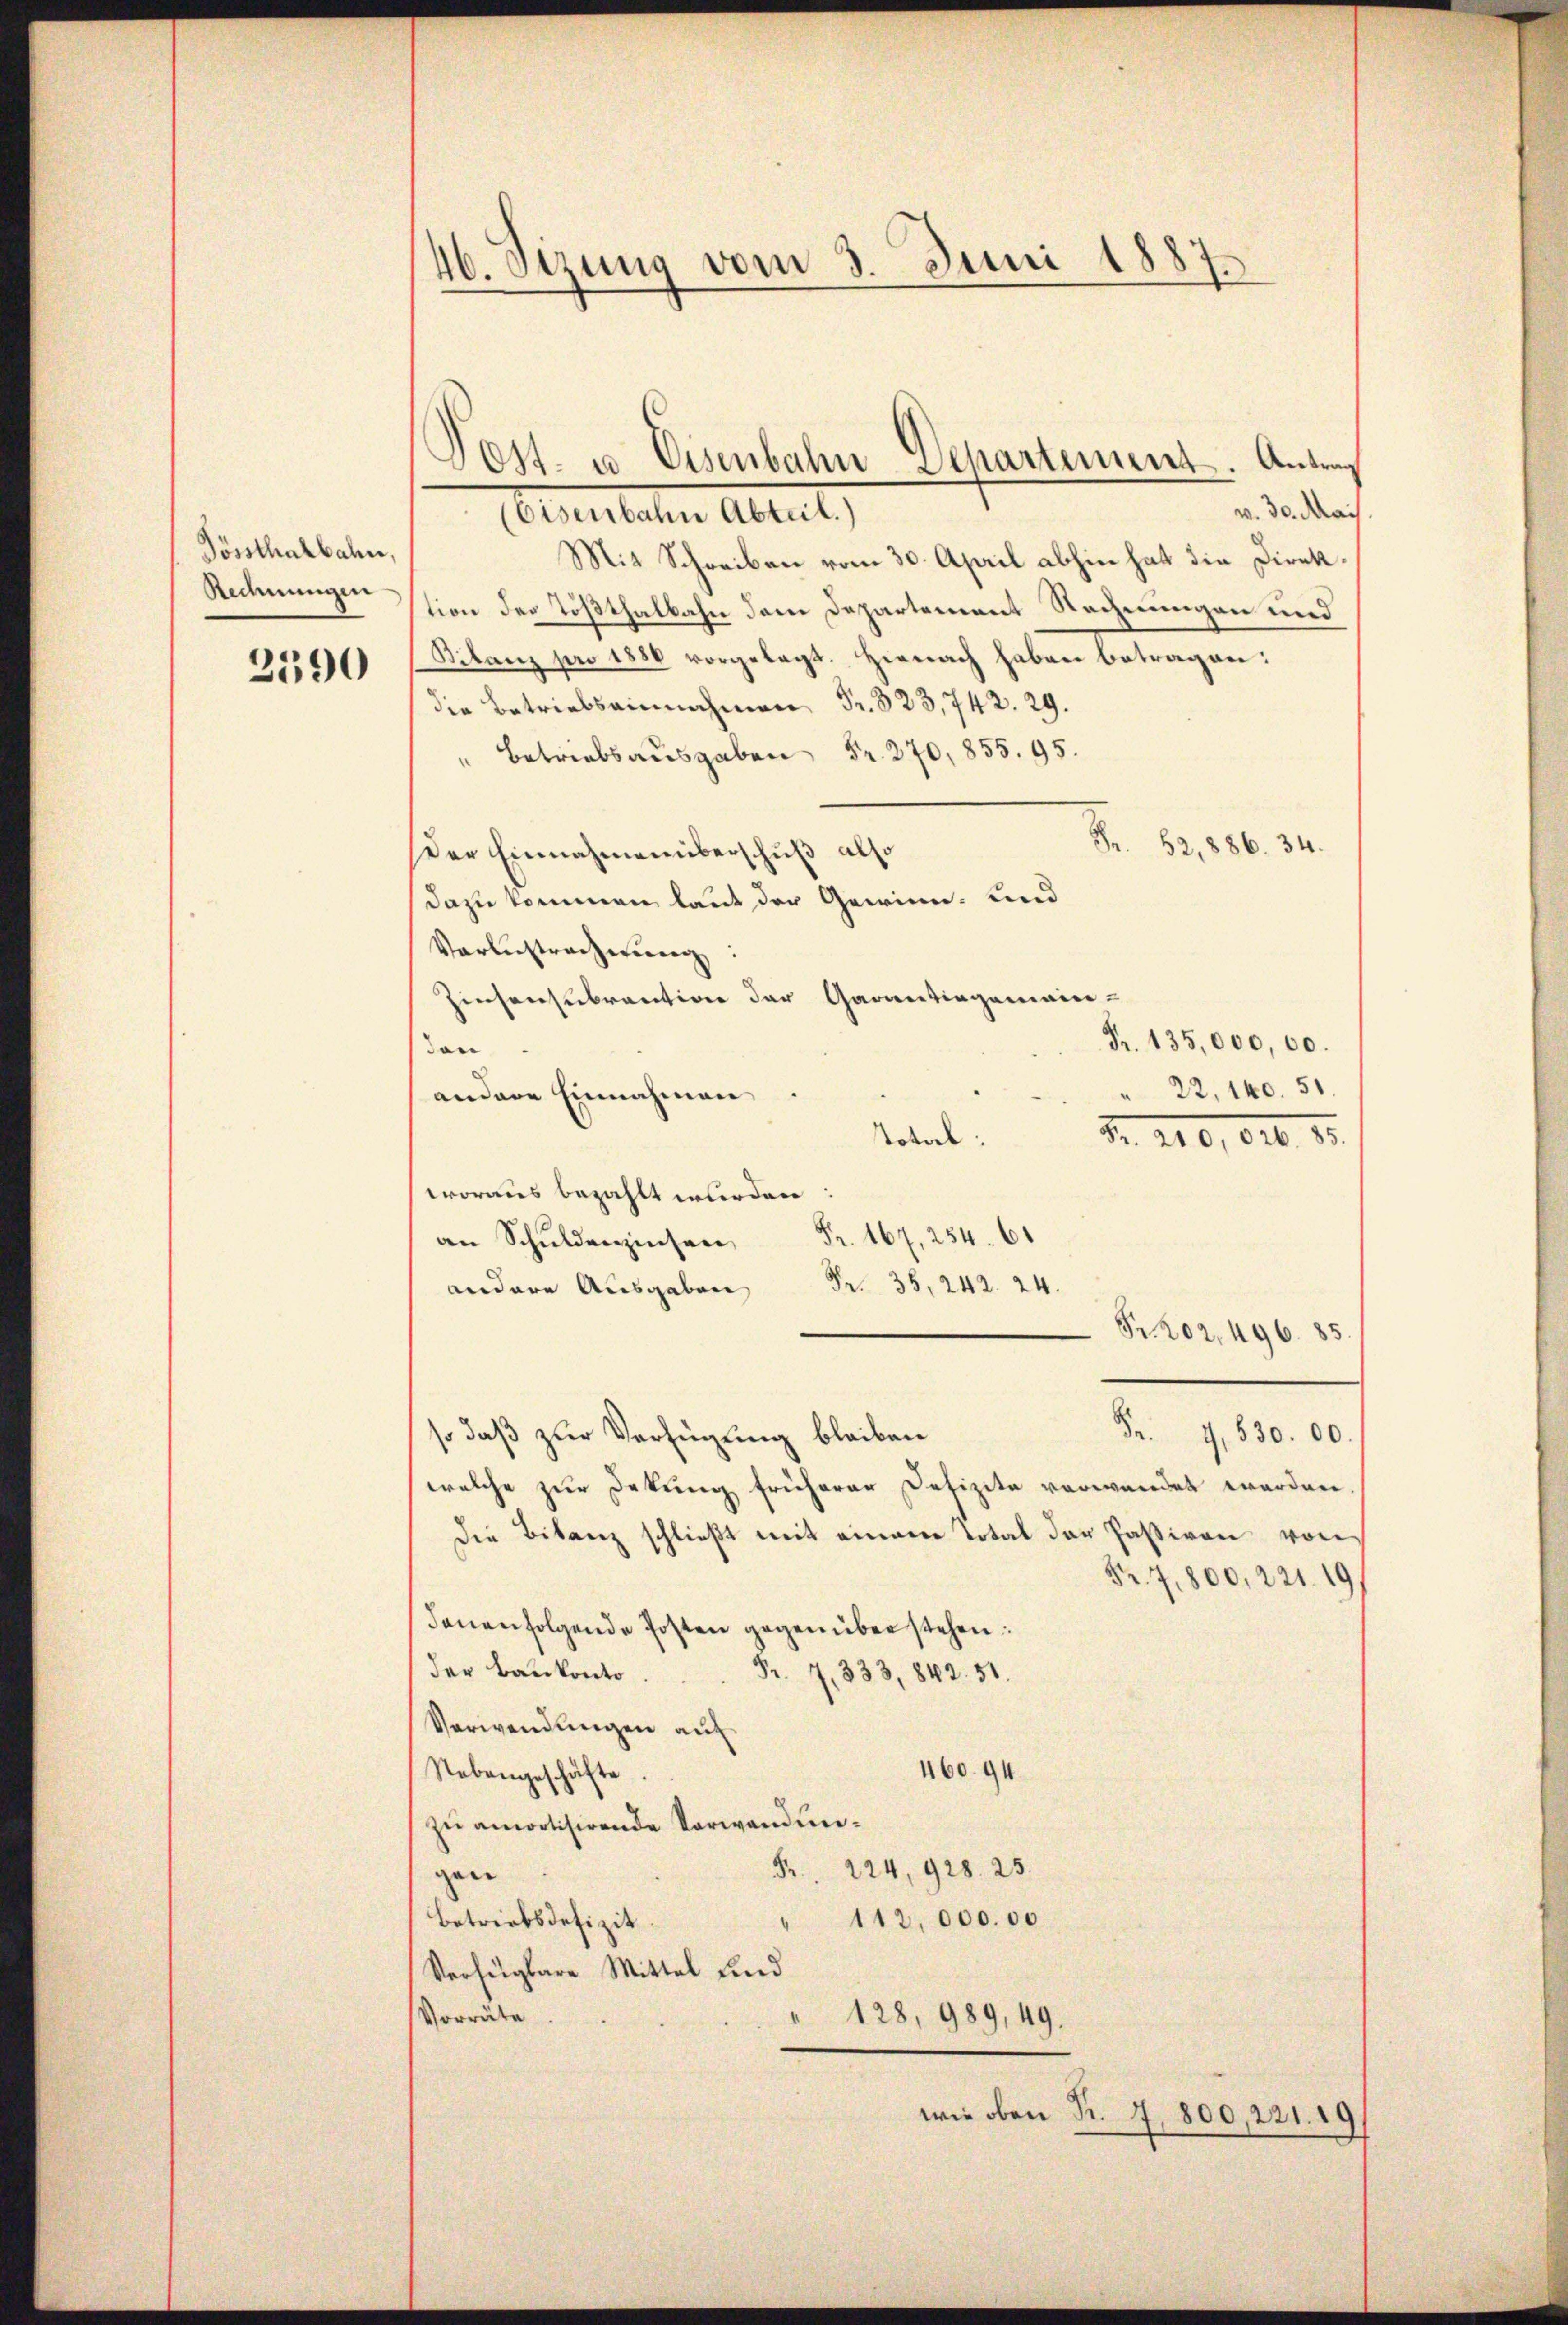
Pössthalbahn,
Rechnungen

3590

46. Sizung vom 3. Juni 1887.

v. 30. Mais
Aristehen Abent,
Mit Schreiben vom 30. April abhin hat die Direktion der Tößthalbahn dem Departement Rechnungen und
Bilanz pro 1850 vorgelegt. Hienach haben betragen:
die Betriebsinnahmen Fr. 323,742. 29.
 270,855. 95.
Fr. 52,886. 34.
Der Einnahmenüberschuß also
dazu kommen laut der Gewinn- und
Vorbestracherung
Zinsensubrantion der Garantingemain-
Fr. 135,000,00.
den
" 22, 140. 51.
andere Einnahmen
Nokal
Nr. 210, Art. 15.
woraus bezahlt wurden
.
Pr. 38, 242. 24.
andere Ausgaben
Pr. 202. 496. 85.
Fr. 1830. 00.
so daß zur Verfügung bleiben
welche zur Dekung früherer Defizite verwendet werden.
die Bilanz schließt mit einem Total der Passiven von
Fr. 7,800, 221. 19
denenfolgende Posten gegen überstehen:
der Baukonto
Fr. 7, 333, 842. 51.
Verwendungen auf
46094
Nebengeschäfte
zu amotisirende Verwandun¬
Pr. 224, 928. 25.
gen
Betriebsdefizit.
" 112,000.00
Verfügbare Mittel und
Vorräte
128, 989,49.
wie oben S. 7,800, 221. 19

Post- u Eisenbahn Departement. Antrag